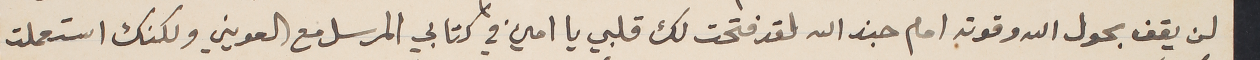
لن يقف بحول الله وقوته امام جند الله لقد فتحت لك قلبي يا امين في كتابي المرسل مع العويني ولكنك استعملت